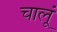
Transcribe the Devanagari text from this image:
चालूं